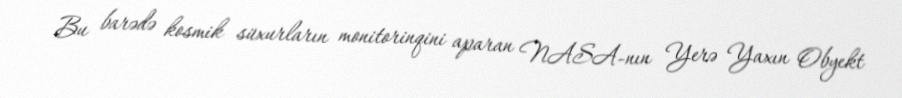
Bu barədə kosmik süxurların monitorinqini aparan NASA-nın Yerə Yaxın Obyekt